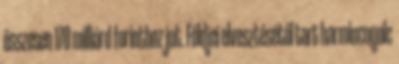
összesen 170 milliárd forinthoz jut. Földjei elvesztésétől tart harmincnyolc